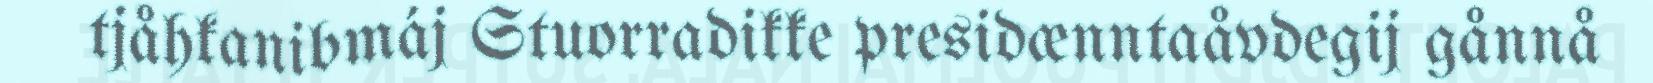
tjåhkanibmáj Stuorradikke presidænntaåvdegij gånnå